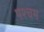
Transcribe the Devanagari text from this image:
पश्चम